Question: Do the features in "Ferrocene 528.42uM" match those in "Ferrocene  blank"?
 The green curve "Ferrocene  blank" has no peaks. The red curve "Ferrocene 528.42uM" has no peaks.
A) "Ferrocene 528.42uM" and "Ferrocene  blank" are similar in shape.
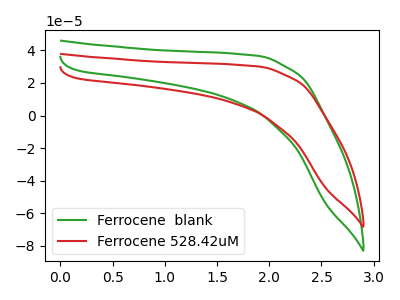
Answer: <think>Neither "Ferrocene 528.42uM" or "Ferrocene  blank" have any peaks.
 </think>
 <answer>A) "Ferrocene 528.42uM" and "Ferrocene  blank" are similar in shape.</answer>
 <eval>A</eval>